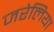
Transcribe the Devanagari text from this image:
जरेलिया